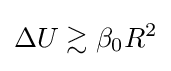
{\begin{aligned}\Delta U\gtrsim \beta _{0}R^{2}\end{aligned}}